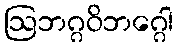
ဩဘဂ္ဂဝိဘဂ္ဂေါ